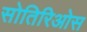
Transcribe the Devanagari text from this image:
सोतिरिओस